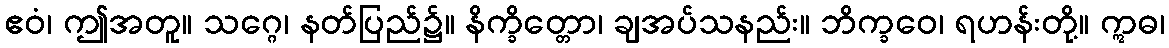
ဧဝံ၊ ဤအတူ။ သဂ္ဂေ၊ နတ်ပြည်၌။ နိက္ခိတ္တော၊ ချအပ်သနည်း။ ဘိက္ခဝေ၊ ရဟန်းတို့။ ဣဓ၊